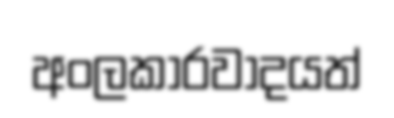
අංලකාරවාදයත්